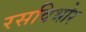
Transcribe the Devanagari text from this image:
रसविभोर